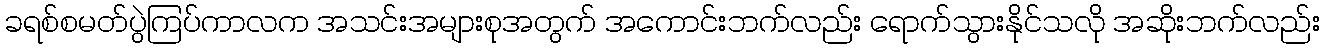
ခရစ်စမတ်ပွဲကြပ်ကာလက အသင်းအများစုအတွက် အကောင်းဘက်လည်း ရောက်သွားနိုင်သလို အဆိုးဘက်လည်း